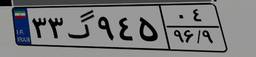
۳۲گ۵۲۹۸۴